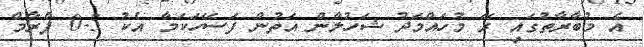
އެ މުބާރާތުގައި ރޭ މުހައްމަދު ޝަހުލާން އަތުން ފަސޭހަކަމާ އެކު 5-0 ފްރާމް